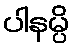
ပါနမ္ပိ